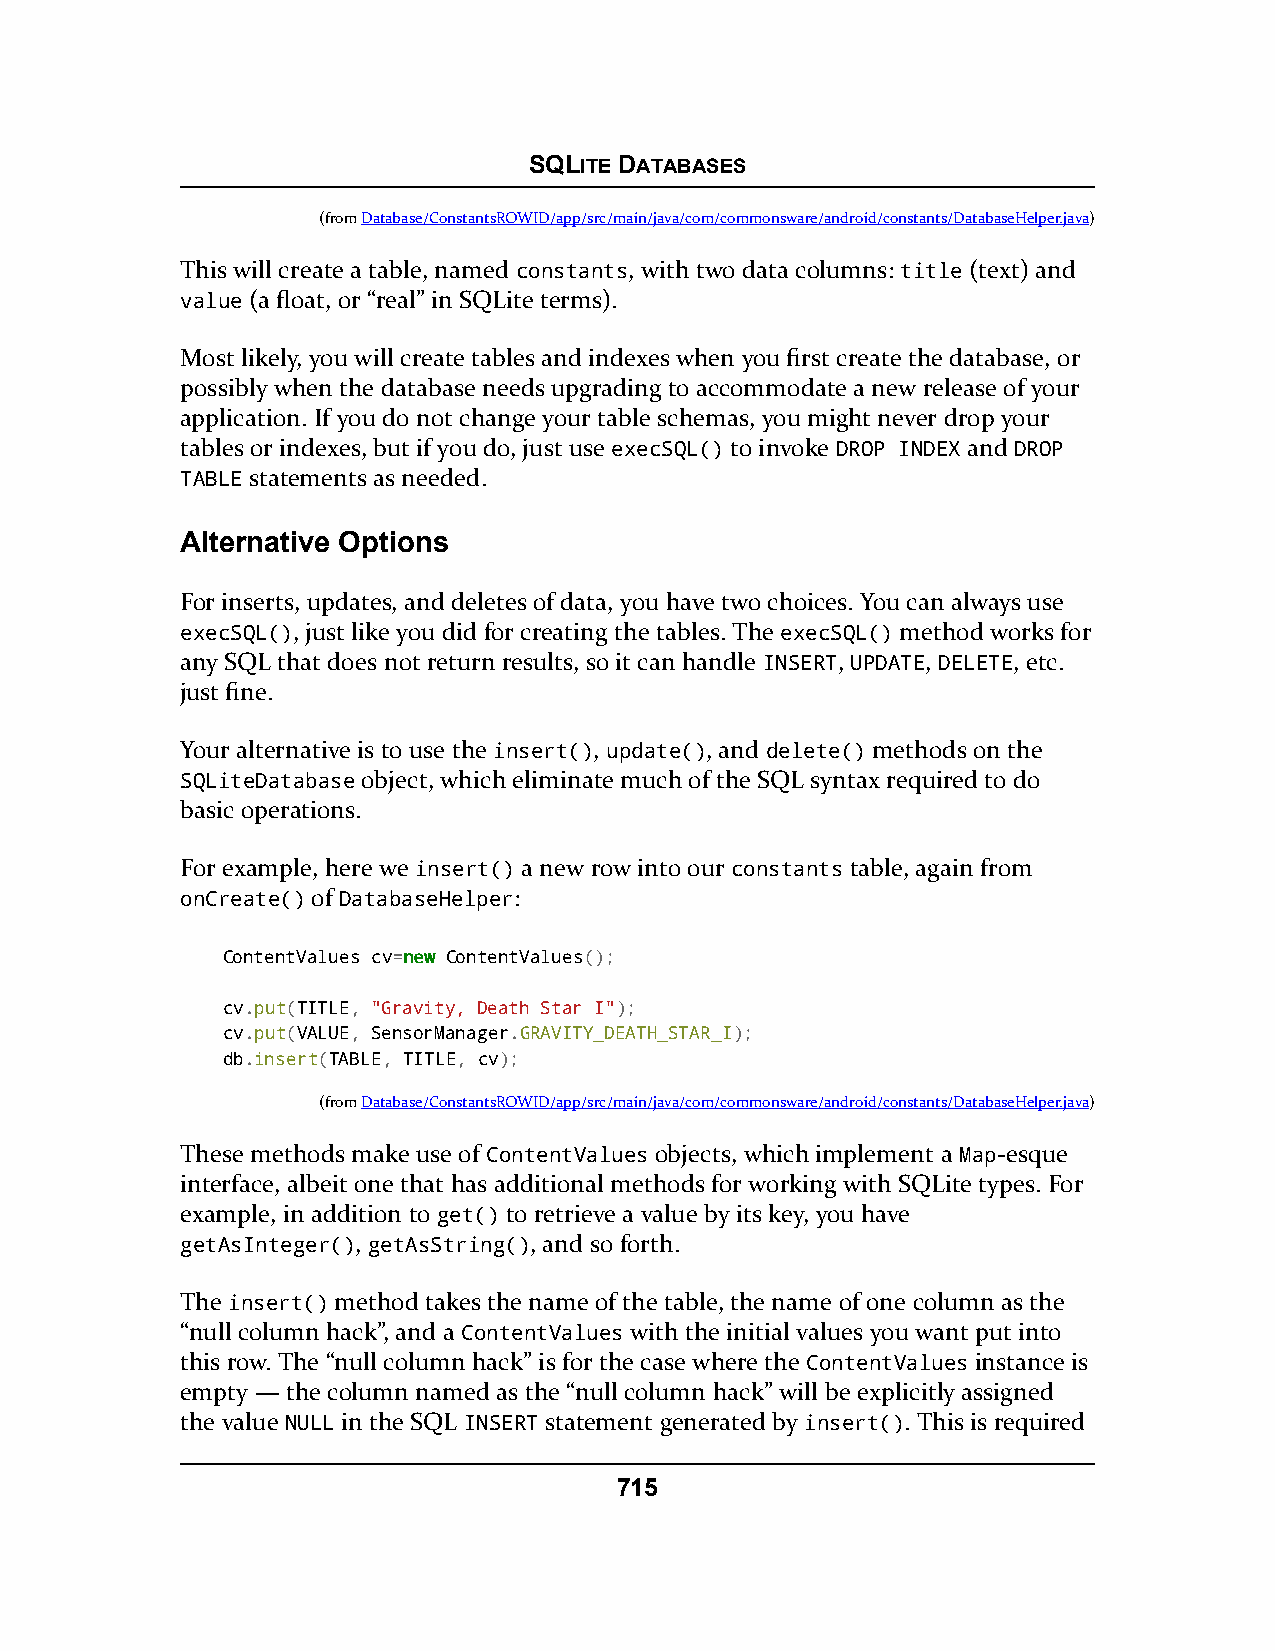
SQLITE DATABASES
 (fromDatabase/ConstantsROWID/app/src/main/java/com/commonsware/android/constants/DatabaseHelper.java)
 This will create a table, named constants, with two data columns: title (text) and
 value (a float, or “real” in SQLite terms).
 Most likely, you will create tables and indexes when you first create the database, or
 possibly when the database needs upgrading to accommodate a new release of your
 application. If you do not change your table schemas, you might never drop your
 tables or indexes, but if you do, just use execSQL() to invoke DROP INDEX and DROP
 TABLE statements as needed.
 Alternative Options
 For inserts, updates, and deletes of data, you have two choices. You can always use
 execSQL(), just like you did for creating the tables. The execSQL() method works for
 any SQL that does not return results, so it can handle INSERT, UPDATE, DELETE, etc.
 just fine.
 Your alternative is to use the insert(), update(), and delete() methods on the
 SQLiteDatabase object, which eliminate much of the SQL syntax required to do
 basic operations.
 For example, here we insert() a new row into our constants table, again from
 onCreate() of DatabaseHelper:
 ContentValues cv=nneeww ContentValues();
 cv.put(TITLE, "Gravity, Death Star I");
 cv.put(VALUE, SensorManager.GRAVITY_DEATH_STAR_I);
 db.insert(TABLE, TITLE, cv);
 (fromDatabase/ConstantsROWID/app/src/main/java/com/commonsware/android/constants/DatabaseHelper.java)
 These methods make use of ContentValues objects, which implement a Map-esque
 interface, albeit one that has additional methods for working with SQLite types. For
 example, in addition to get() to retrieve a value by its key, you have
 getAsInteger(), getAsString(), and so forth.
 The insert() method takes the name of the table, the name of one column as the
 “null column hack”, and a ContentValues with the initial values you want put into
 this row. The “null column hack” is for the case where the ContentValues instance is
 empty — the column named as the “null column hack” will be explicitly assigned
 the value NULL in the SQL INSERT statement generated by insert(). This is required
 715